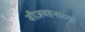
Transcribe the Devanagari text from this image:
वीजवहनाच्या